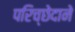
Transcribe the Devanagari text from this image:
परिच्छेदाने